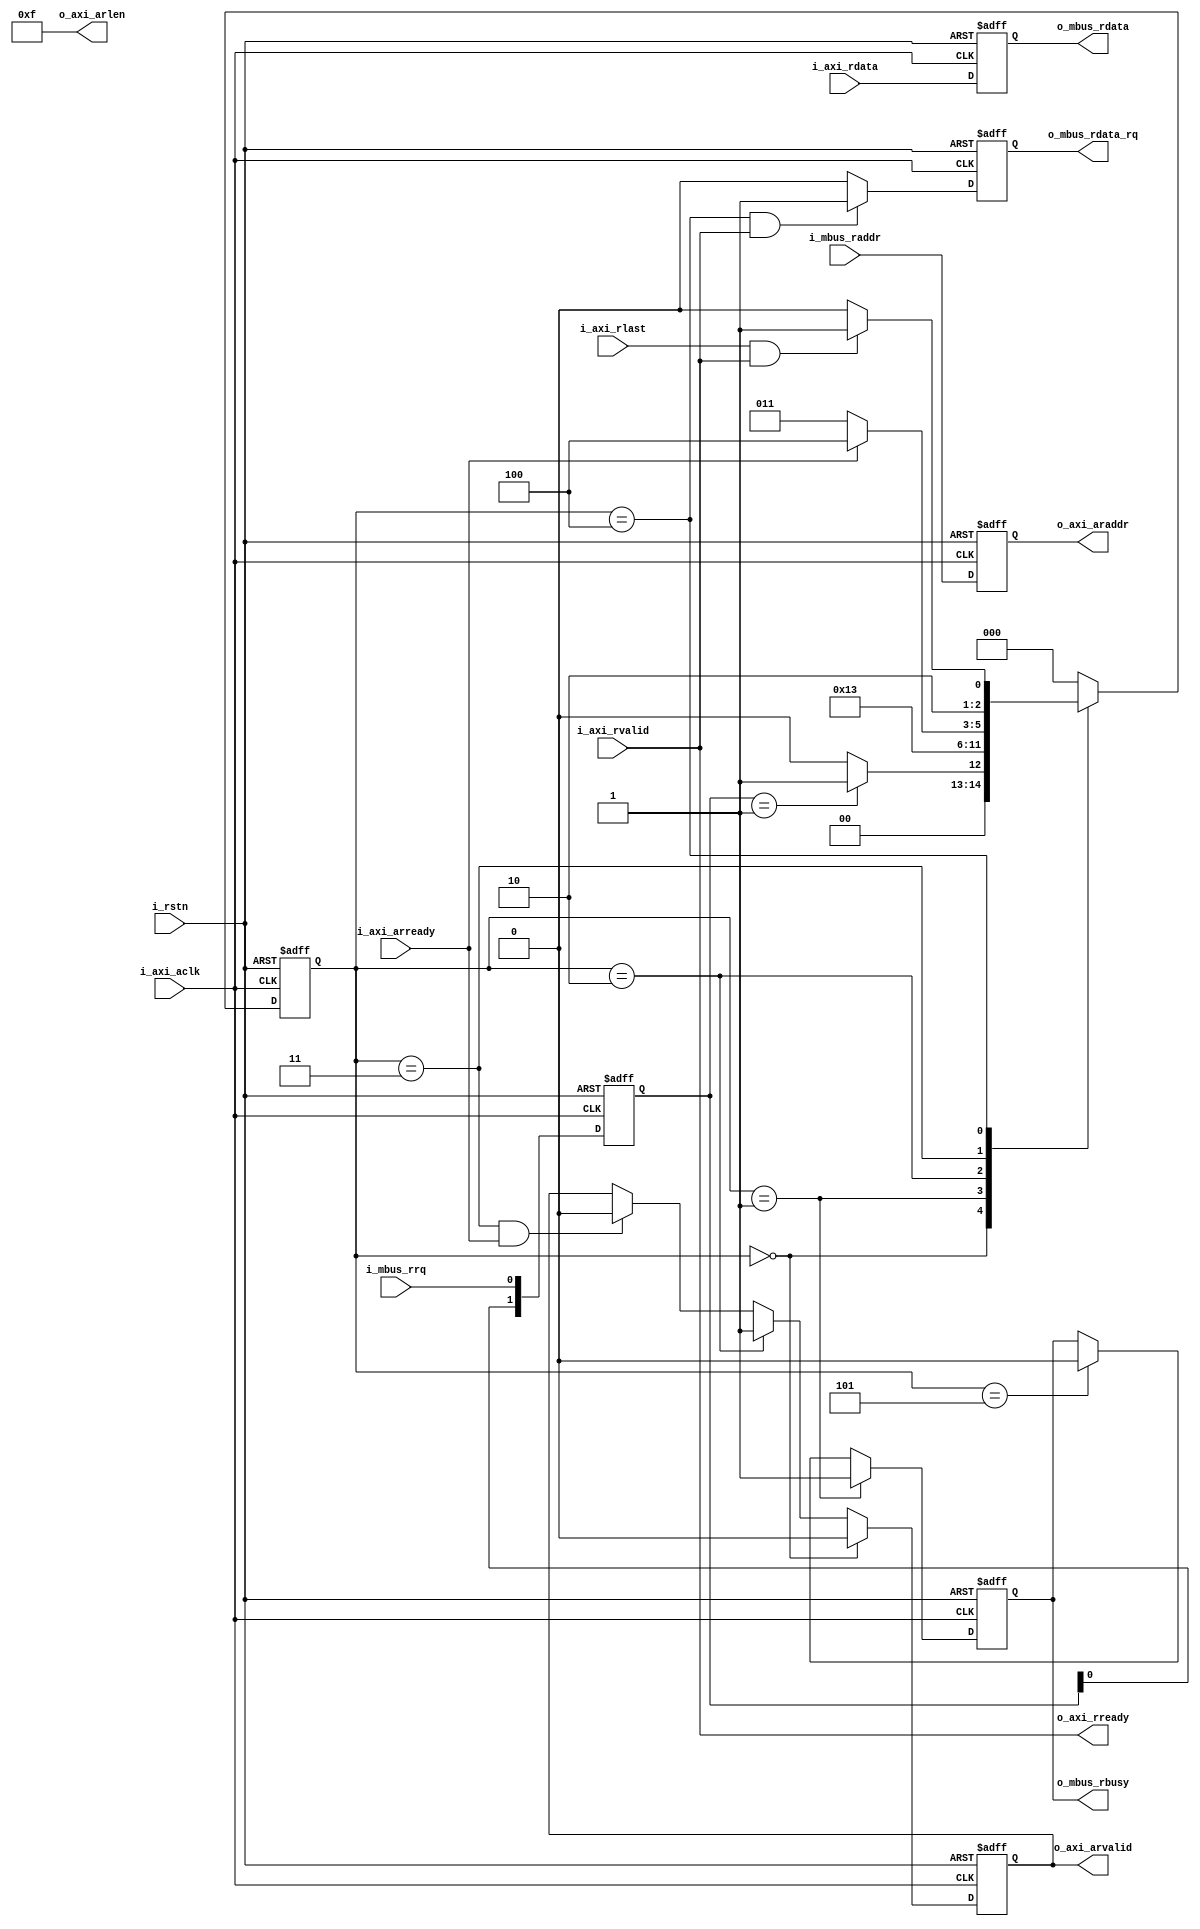
`timescale 1ns/1ps

//DDR
module DDR_RD_Ctrl
#(  parameter MEM_DQ_WIDTH         = 16,
	parameter CTRL_ADDR_WIDTH      = 28,
	parameter BURST_LENGTH		   = 8,
	parameter BURST_NUM			   = 15,
	parameter BURST_WIDTH		   = 4
)
(
	input i_rstn,
	
	//-----------------------AXI4-----------------------//
	input i_axi_aclk,
	
	//
	output [CTRL_ADDR_WIDTH - 1:0]o_axi_araddr,				//*
	output [BURST_WIDTH - 1:0]o_axi_arlen,					//*
	output o_axi_arvalid,									//,AWADDR*
	input i_axi_arready,									//,*
	
	//
	input [MEM_DQ_WIDTH * BURST_LENGTH - 1:0]i_axi_rdata,	//*
	input i_axi_rlast,										//
	input i_axi_rvalid,										//*
	output o_axi_rready,									//,
	
	//------------------------------------------//
	input i_mbus_rrq,										//
	input [CTRL_ADDR_WIDTH - 1:0]i_mbus_raddr,    			//
	output [MEM_DQ_WIDTH * BURST_LENGTH - 1:0]o_mbus_rdata,	//
	output o_mbus_rdata_rq,									//,
	output o_mbus_rbusy										//,
);
	
	//
	localparam ST_RD_IDLE  = 3'd0;
	localparam ST_RA_WAIT  = 3'd1;
	localparam ST_RA_START = 3'd2;
	localparam ST_RD_WAIT  = 3'd3;
	localparam ST_RD_PROC  = 3'd4;
	localparam ST_RD_DONE  = 3'd5;
	
	//
	reg [2:0]state_current = 0;
	reg [2:0]state_next = 0;
	
	//
	reg [1:0]mbus_rrq_i = 0;
	
	//----
	reg [CTRL_ADDR_WIDTH - 1:0]axi_araddr_o = 0;			//*
	reg axi_arvalid_o = 0;									//,AWADDR*
	
	//----BUS
	reg [MEM_DQ_WIDTH * BURST_LENGTH-1:0]mbus_rdata_o = 0;	//
	reg mbus_rdata_rq_o = 0;								//,
	reg mbus_rbusy_o = 0;									//,DDR
	
	//----
	assign o_axi_araddr = axi_araddr_o;
	assign o_axi_arlen = BURST_NUM;
	assign o_axi_arvalid = axi_arvalid_o;
	
	//----
	assign o_axi_rready = i_axi_rvalid;
	
	//----BUS
	assign o_mbus_rdata = mbus_rdata_o;
	assign o_mbus_rdata_rq = mbus_rdata_rq_o;
	assign o_mbus_rbusy = mbus_rbusy_o;
	
	//----
	always@(posedge i_axi_aclk or negedge i_rstn)begin
		if(i_rstn == 1'b0)begin
			axi_araddr_o <= {CTRL_ADDR_WIDTH{1'b0}};
			mbus_rdata_o <= {(MEM_DQ_WIDTH*BURST_LENGTH){1'b0}};
		end else begin
			axi_araddr_o <= i_mbus_raddr;
			mbus_rdata_o <= i_axi_rdata;
		end
	end
	
	//
	always@(posedge i_axi_aclk or negedge i_rstn)begin
		if(i_rstn == 1'b0)axi_arvalid_o <= 1'b0;
		else if(state_current == ST_RD_IDLE)axi_arvalid_o <= 1'b0;
		else if(state_current == ST_RA_START)axi_arvalid_o <= 1'b1;
		else if(state_current == ST_RD_WAIT && i_axi_arready == 1'b1)axi_arvalid_o <= 1'b0;
		else axi_arvalid_o <= axi_arvalid_o;
	end
	
	//
	always@(posedge i_axi_aclk or negedge i_rstn)begin
		if(i_rstn == 1'b0)mbus_rdata_rq_o <= 1'b0;
		else if(state_current == ST_RD_PROC && i_axi_rvalid == 1'b1)mbus_rdata_rq_o <= 1'b1;
		else mbus_rdata_rq_o <= 1'b0;
	end
	
	//
	always@(posedge i_axi_aclk or negedge i_rstn)begin
		if(i_rstn == 1'b0)mbus_rbusy_o <= 1'b0;
		else if(state_current == ST_RA_WAIT)mbus_rbusy_o <= 1'b1;
		else if(state_current == ST_RD_DONE)mbus_rbusy_o <= 1'b0;
		else mbus_rbusy_o <= mbus_rbusy_o;
	end
	
	//
	always@(*)begin
		case(state_current)
			ST_RD_IDLE:begin
				if(mbus_rrq_i == 2'b01)state_next <= ST_RA_WAIT;
				else state_next <= ST_RD_IDLE;
			end
			ST_RA_WAIT:state_next <= ST_RA_START;
			ST_RA_START:state_next <= ST_RD_WAIT;
			ST_RD_WAIT:begin
				if(i_axi_arready == 1'b1)state_next <= ST_RD_PROC;
				else state_next <= ST_RD_WAIT;
			end
			ST_RD_PROC:begin
				if(i_axi_rlast == 1'b1 && i_axi_rvalid == 1'b1)state_next <= ST_RD_DONE;
				else state_next <= ST_RD_PROC;
			end
			ST_RD_DONE:state_next <= ST_RD_IDLE;
			default:state_next <= ST_RD_IDLE;
		endcase
	end
	
	//
	always@(posedge i_axi_aclk or negedge i_rstn)begin
		if(i_rstn == 1'b0)begin
			state_current <= 3'd0;
		end else begin
			state_current <= state_next;
		end
	end
	
	//
	always@(posedge i_axi_aclk or negedge i_rstn)begin
		if(i_rstn == 1'b0)begin
			mbus_rrq_i <= 2'd0;
		end else begin
			mbus_rrq_i <= {mbus_rrq_i[0],i_mbus_rrq};
		end
	end
	
endmodule